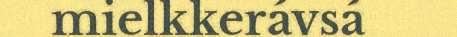
mielkkerávsá